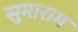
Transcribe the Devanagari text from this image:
सुमाराम